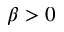
\beta > 0